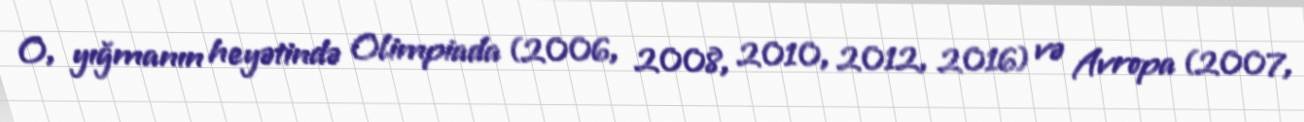
O, yığmanın heyətində Olimpiada (2006, 2008, 2010, 2012, 2016) və Avropa (2007,